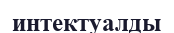
интектуалды